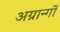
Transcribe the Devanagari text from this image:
अग्रान्गों